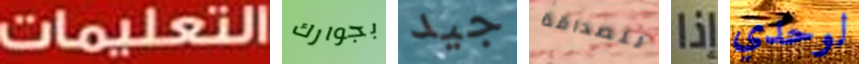
التعليمات بجوارك جيد للصداقة إذا لوحدي